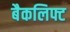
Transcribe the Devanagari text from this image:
बैकलिफ्ट